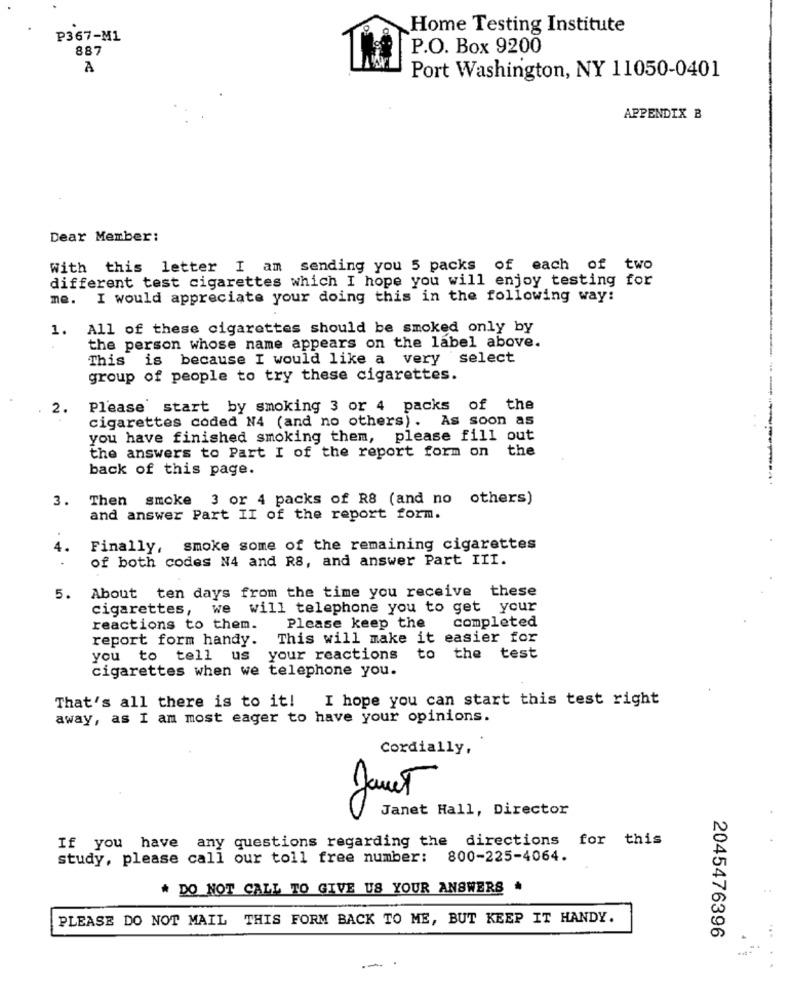
Home Testing Institute
P367-M1
887
P.O. Box 9200
A
Port Washington, NY 11050-0401
APPENDIX B
Dear Member:
With this letter I am sending you 5 packs of each of two
different test cigarettes which I hope you will enjoy testing for
me.
I would appreciate your doing this in the following way:
1.
All of these cigarettes should be smoked only by
the person whose name appears on the label above.
This
is because I would like a very select
group of people to try these cigarettes.
2.
Please start by smoking 3 or 4 packs of the
cigarettes coded N4 (and no others). As soon as
you have finished smoking them, please fill out
the answers to Part I of the report form on the
back of this page.
Then smoke 3 or 4 packs of R8 (and no others)
3.
and answer Part II of the report form.
Finally, smoke some of the remaining cigarettes
of both codes N4 and R8, and answer Part III.
About ten days from the time you receive these
5.
cigarettes, we will telephone you to get your
completed
reactions to them.
Please keep the
report form handy.
This will make it easier for
you to tell us
your reactions
to the test
cigarettes when we telephone you.
That's all there is to it! I hope you can start this test right
away, as I am most eager to have your opinions.
Cordially,
Janet
Janet Hall, Director
any questions regarding the directions for this
If you have
study, please call our toll free number: 800-225-4064.
# DO NOT CALL TO GIVE US YOUR ANSWERS
PLEASE DO NOT MAIL THIS FORM BACK TO ME, BUT KEEP IT HANDY.
2045476396
.-